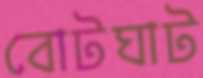
বোটঘাট